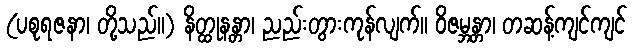
(ပစုရဇနာ၊ တို့သည်။) နိတ္ထုနန္တာ၊ ညည်းတွားကုန်လျက်။ ဝိဇမ္ဘန္တာ၊ တဆန့်ကျင်ကျင်